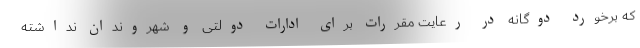
که برخورد دوگانه در رعایت مقررات برای ادارات دولتی و شهروندان نداشته